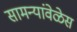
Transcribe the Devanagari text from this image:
सामन्यांवेळेस